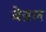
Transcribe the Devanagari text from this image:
वेन्नल